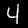
Digit: 4